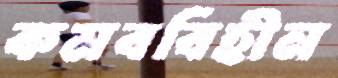
কমববিহীন